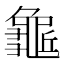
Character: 𪚺